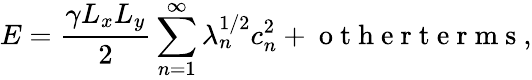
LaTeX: E=\frac{\gamma L_{x}L_{y}}{2}\sum_{n=1}^{\infty}\lambda_{n}^{1/2}c_{n}^{2}+\mathrm{~o~t~h~e~r~t~e~r~m~s~},